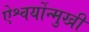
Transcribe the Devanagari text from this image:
ऐश्वर्योन्मुखी